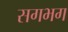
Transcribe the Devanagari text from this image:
सगभग